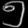
Digit: ၅